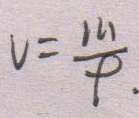
V = \frac { m } { \rho } .